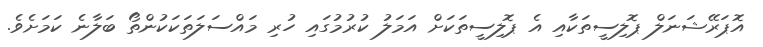
އޮޕަރޭޝަނަލް ޕޮލިސީތަކާއި އެ ޕޮލިސީތަކަށް އަމަލު ކުރުމުގައި ހުރި މައްސަލަތަކަކުންތޯ ބަލާނެ ކަމަށެވެ.